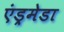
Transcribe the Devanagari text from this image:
एंड्रमेडा